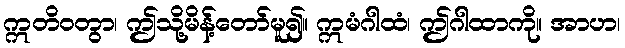
ဣတိဝတွာ၊ ဤသို့မိန့်တော်မူ၍။ ဣမံဂါထံ၊ ဤဂါထာကို။ အာဟ၊